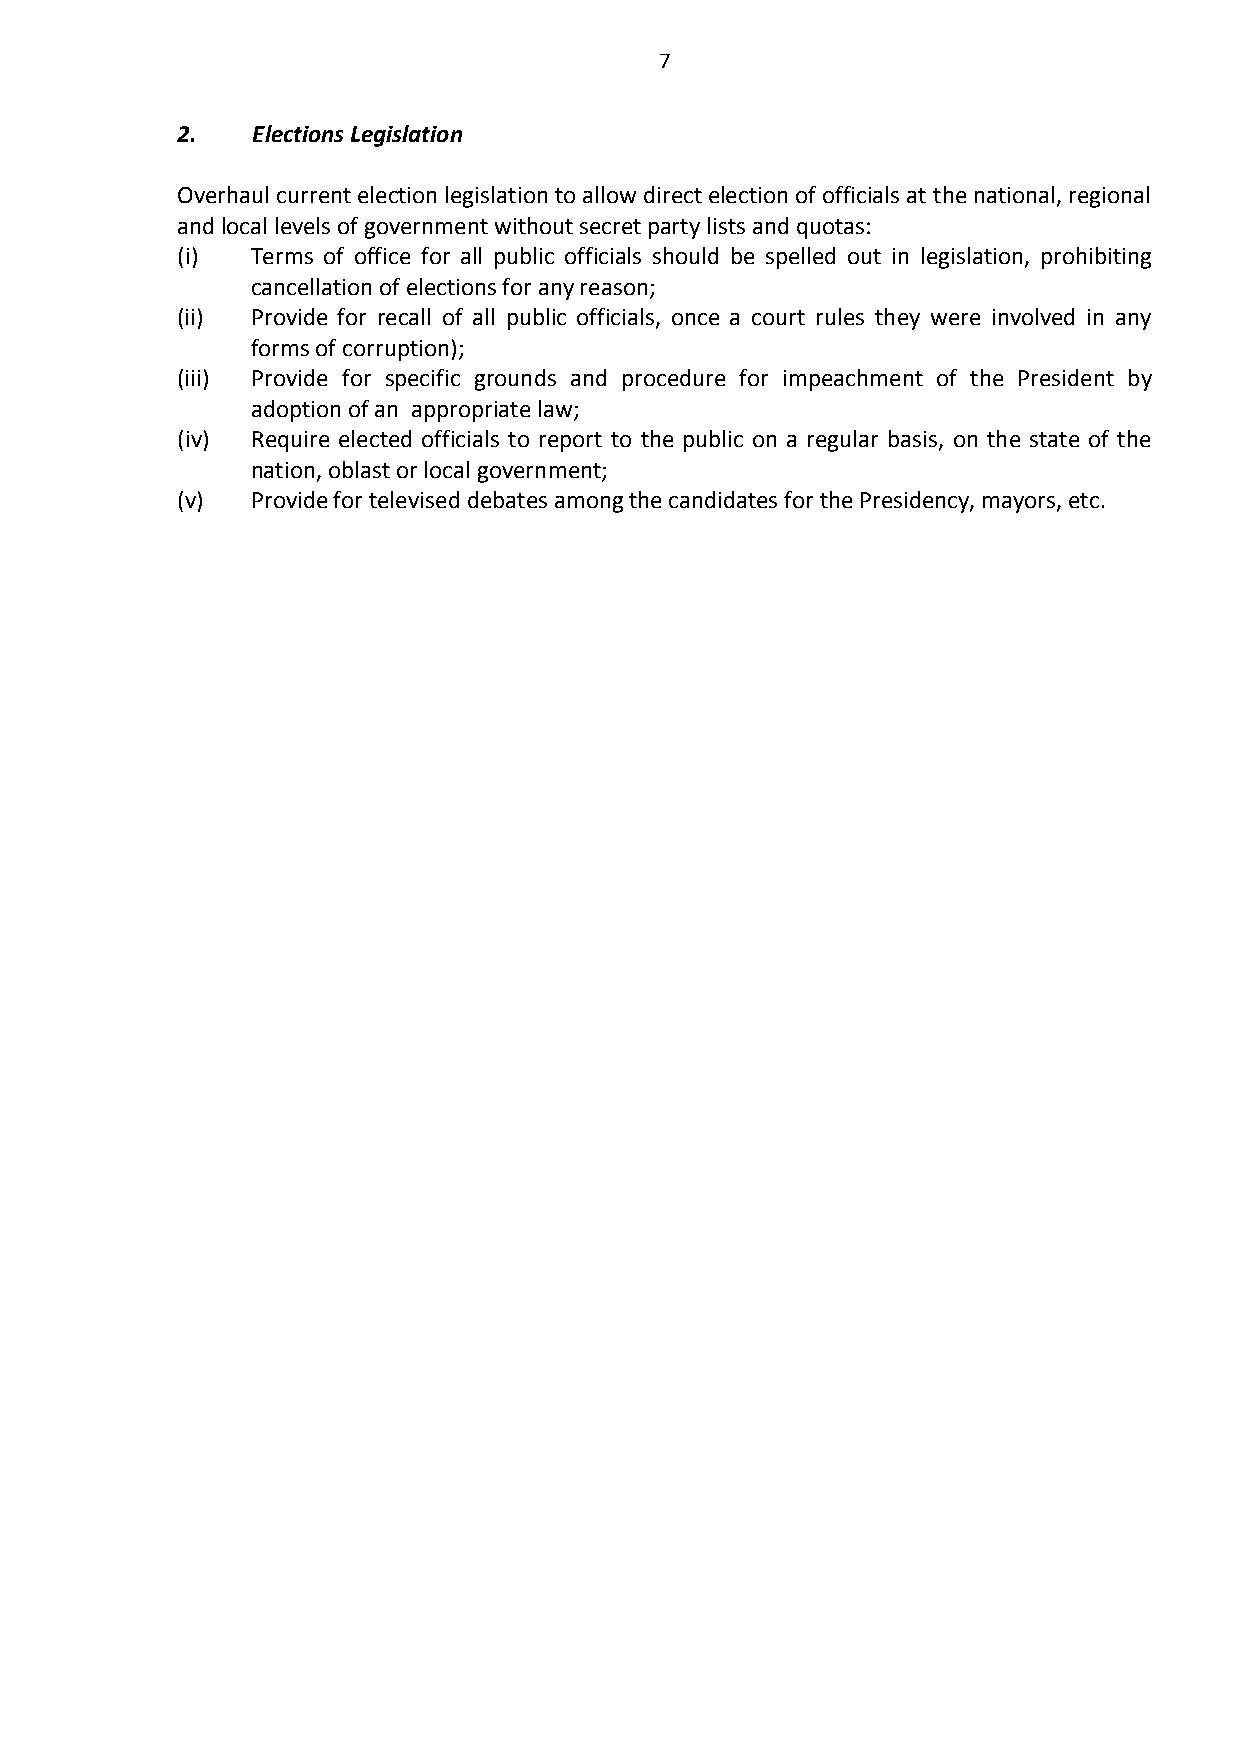
7
 2.   Elections Legislation
 Overhaul current election legislation to allow direct election of officials at the national, regional
 and local levels of government without secret party lists and quotas:
 (i)  Terms of office for all public officials should be spelled out in legislation, prohibiting
 cancellation of elections for any reason;
 (ii) Provide for recall of all public officials, once a court rules they were involved in any
 forms of corruption);
 (iii) Provide for specific grounds and procedure for impeachment of the President by
 adoption of an appropriate law;
 (iv) Require elected officials to report to the public on a regular basis, on the state of the
 nation, oblast or local government;
 (v)  Provide for televised debates among the candidates for the Presidency, mayors, etc.